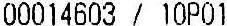
00014603 / 10P01